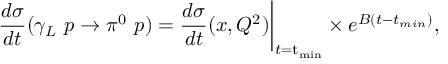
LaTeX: \frac { d \sigma } { d t } ( \gamma _ { L } ~ p \rightarrow \pi ^ { 0 } ~ p ) = \frac { d \sigma } { d t } ( x , Q ^ { 2 } ) \bigg | _ { t = \mathrm { t _ { m i n } } } \times e ^ { B ( t - t _ { m i n } ) } ,